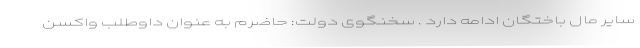
سایر مال باختگان ادامه دارد . سخنگوی دولت: حاضرم به عنوان داوطلب واکسن